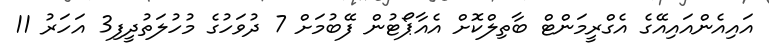
އައިއެންއައިއޭގެ އެގްރީމަންޓް ބާތިލްކޮށް އެއާޕޯޓުން ފޭބުމަށް 7 ދުވަހުގެ މުހުލަތުދީފި3 އަހަރު 11